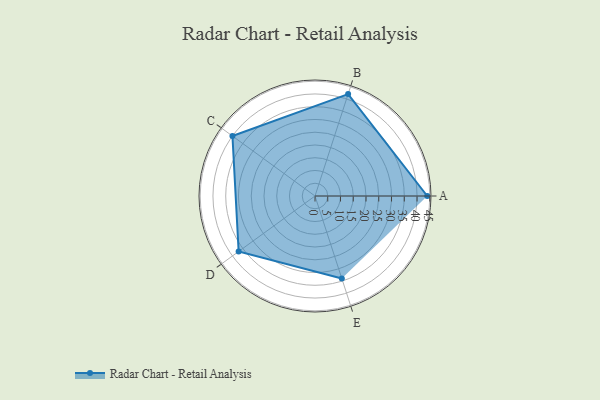
{"axis": {"x": "Skill", "y": "Score"}, "legend": ["Profile"], "data": [{"x": "A", "y": 44.0, "type": "Profile"}, {"x": "B", "y": 42.0, "type": "Profile"}, {"x": "C", "y": 40.0, "type": "Profile"}, {"x": "D", "y": 37.0, "type": "Profile"}, {"x": "E", "y": 34.0, "type": "Profile"}]}